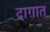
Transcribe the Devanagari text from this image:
दागात